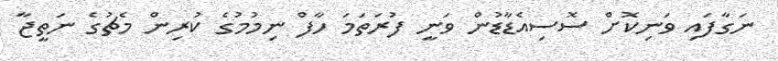
ނަގާފައި ވަނިކޮށް ސޮސިއެޑާޑުން ވަނީ ފުރަތަމަ ހާފް ނިމުމުގެ ކުރިން މެޗުގެ ނަތީޖާ